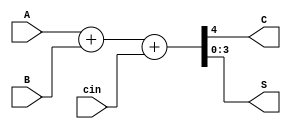
module aluadder4bit_1(A,B,cin,C,S);
input [3:0]A,B;
input cin;
output [3:0]S;
output C;

assign {C,S} = A+B+cin;

endmodule